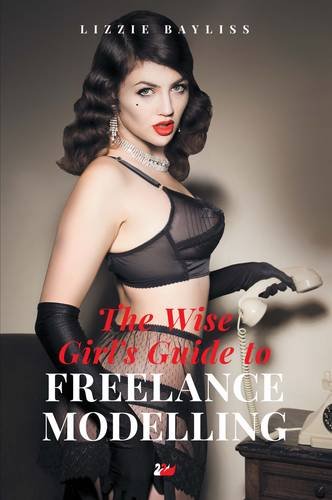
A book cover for The Wise Girl's Guide to Freelance Modelling: The Dos and Don'ts of Becoming a Successful Freelance Model; Lizzie Bayliss; Arts & Photography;